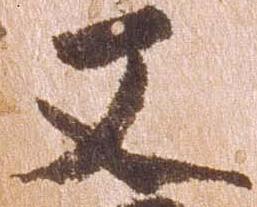
又